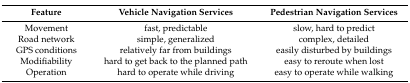
| Feature | Vehicle Navigation Services | Pedestrian Navigation Services |
 | --- | --- | --- |
 | Movement | fast, predictable | slow, hard to predict |
 | Road network | simple, generalized | complex, detailed |
 | GPS conditions | relatively far from buildings | easily disturbed by buildings |
 | Modifiability | hard to get back to the planned path | easy to reroute when lost |
 | Operation | hard to operate while driving | easy to operate while walking |